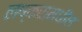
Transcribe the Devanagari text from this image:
लष्करामधील